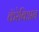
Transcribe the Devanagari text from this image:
कॅरेबिअन